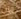
الآن